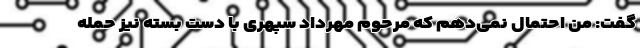
گفت: من احتمال نمی‌دهم که مرحوم مهرداد سپهری با دست بسته نیز حمله